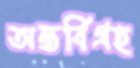
অন্তর্বিগ্রহ